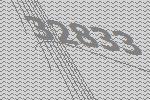
32833